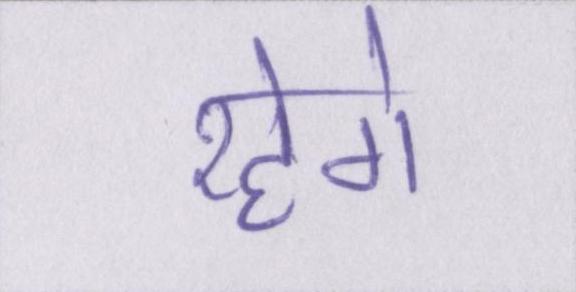
रहेगे